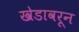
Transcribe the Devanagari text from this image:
खेडावरून